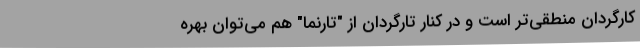
کارگردان منطقی‌تر است و در کنار تارگردان از "تارنما" هم می‌توان بهره